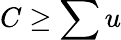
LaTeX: C\geq\sum u